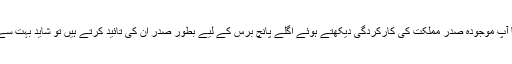
اگر سیدھا سیدھا پوچھا جاتا کہ کیا آپ موجودہ صدرِ مملکت کی کارکردگی دیکھتے ہوئے اگلے پانچ برس کے لیے بطور صدر ان کی تائید کرتے ہیں تو شاید بہت سے لوگ پولنگ اسٹیشن ہی نہ جاتے۔